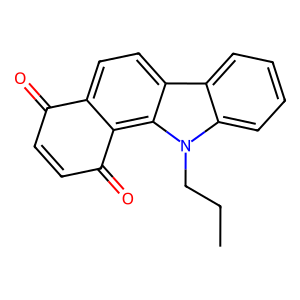
SMILES: CCCn1c2ccccc2c2ccc3c(c21)C(=O)C=CC3=O
Inhibits HIV replication: No